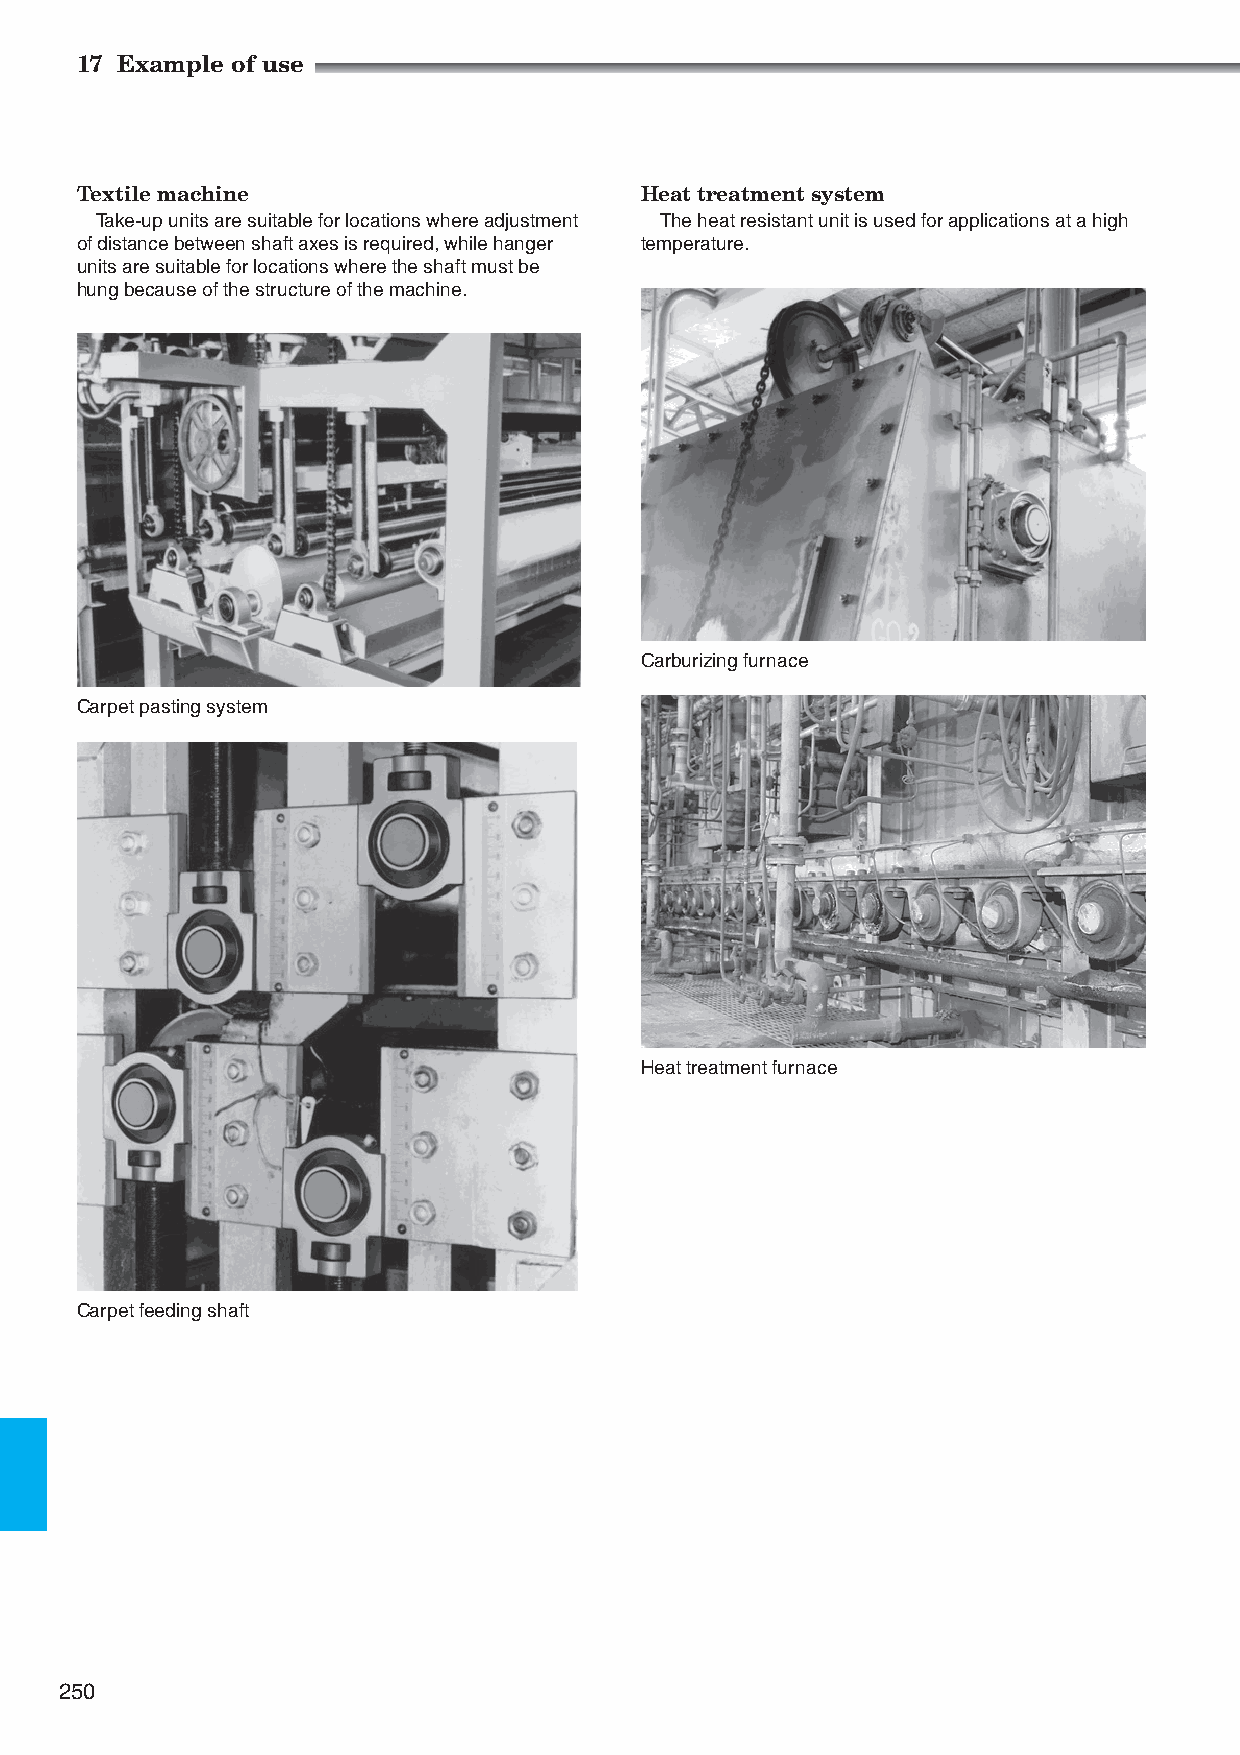
17 Example of use
 Textile machine                      Heat treatment system
 Take-up units are suitable for locations where adjustment The heat resistant unit is used for applications at a high
 of distance between shaft axes is required, while hanger temperature.
 units are suitable for locations where the shaft must be
 hung because of the structure of the machine.
 Carburizing furnace
 Carpet pasting system
 Heat treatment furnace
 Carpet feeding shaft
 250